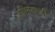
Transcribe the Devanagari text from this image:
अभियंतापदी